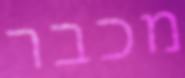
מכבר